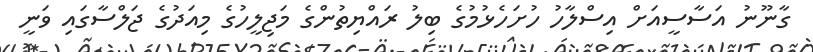
ގާނޫނު އަސާސީއަށް އިސްލާހު ހުށަހެޅުމުގެ ބިލު ރައްޔިތުންގެ މަޖިލީހުގެ މިއަދުގެ ޖަލްސާގައި ވަނީ